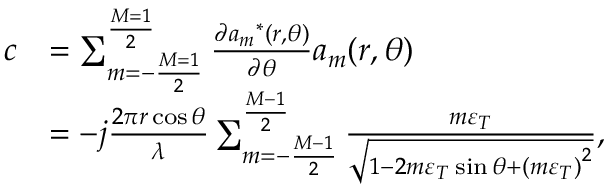
\begin{array} { r l } { c } & { = \sum _ { m = - \frac { { M = 1 } } { 2 } } ^ { \frac { { M = 1 } } { 2 } } { \frac { { \partial { a _ { m } } ^ { * } ( r , \theta ) } } { { \partial \theta } } { a _ { m } } ( r , \theta ) } } \\ & { = - j \frac { { 2 \pi r \cos \theta } } { \lambda } \sum _ { m = - \frac { { M - 1 } } { 2 } } ^ { \frac { { M - 1 } } { 2 } } { \frac { { m { \varepsilon _ { T } } } } { { \sqrt { 1 - 2 m { \varepsilon _ { T } } \sin \theta + { { ( m { \varepsilon _ { T } } ) } ^ { 2 } } } } } } , } \end{array}